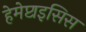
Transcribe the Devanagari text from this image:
हेमेप्टाइसिस